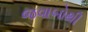
જવાબોથી